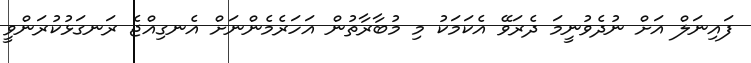
ފައިނަލް އަށް ނުދެވުނީމަ ދެރަވޭ އެކަމަކު މި މުބާރާތުން އަހަރެމެންނަށް އެނގިއްޖެ ރަނގަޅުކުރަންވީ